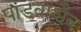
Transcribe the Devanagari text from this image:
पांडवाश्चैव